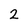
Character: 2